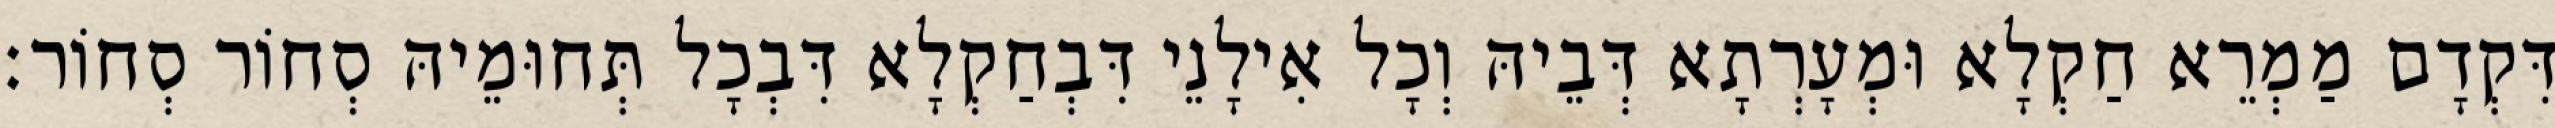
דִּקְדָם מַמְרֵא חַקְלָא וּמְעָרְתָא דְּבֵיהּ וְכָל אִילָנֵי דִּבְחַקְלָא דִּבְכָל תְּחוּמֵיהּ סְחוֹר סְחוֹר׃